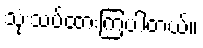
သုံးသပ်ထားကြပါတယ်။